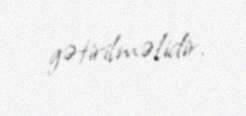
gətirilməlidir.